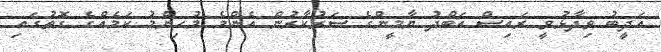
އަދީބު ވިދާޅުވީ ރައިސް އަބްދު ޔާމީންގެ ސަރުކާރުން އެންމެ މުހިންމު ކަމެއްގެ ގޮތުގައި